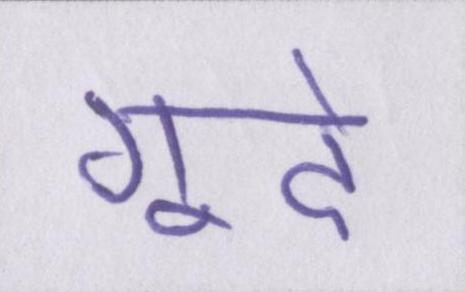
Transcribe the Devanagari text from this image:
गूदे